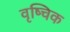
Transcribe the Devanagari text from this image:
वृष्चिक